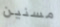
مسنين